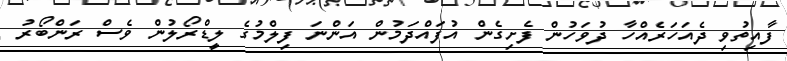
ފާއިތުވި ދެއަހަރެއްހާ ދުވަހުން ފެށިގެން އުފައްދަމުން އަންނަ ފިލްމުގެ ލީޑްރޯލުން ވެސް ރަންބޯރު